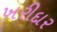
ખરીદાર